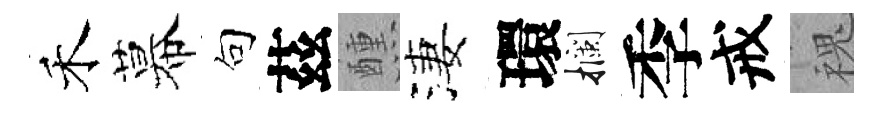
禾幕句茲醺淒環攔季戒槐